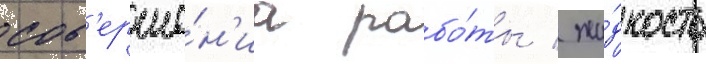
сов'ерше́н'иа рабо́ты / жи́дкость